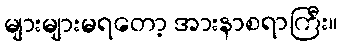
များများမရတော့ အားနာစရာကြီး။